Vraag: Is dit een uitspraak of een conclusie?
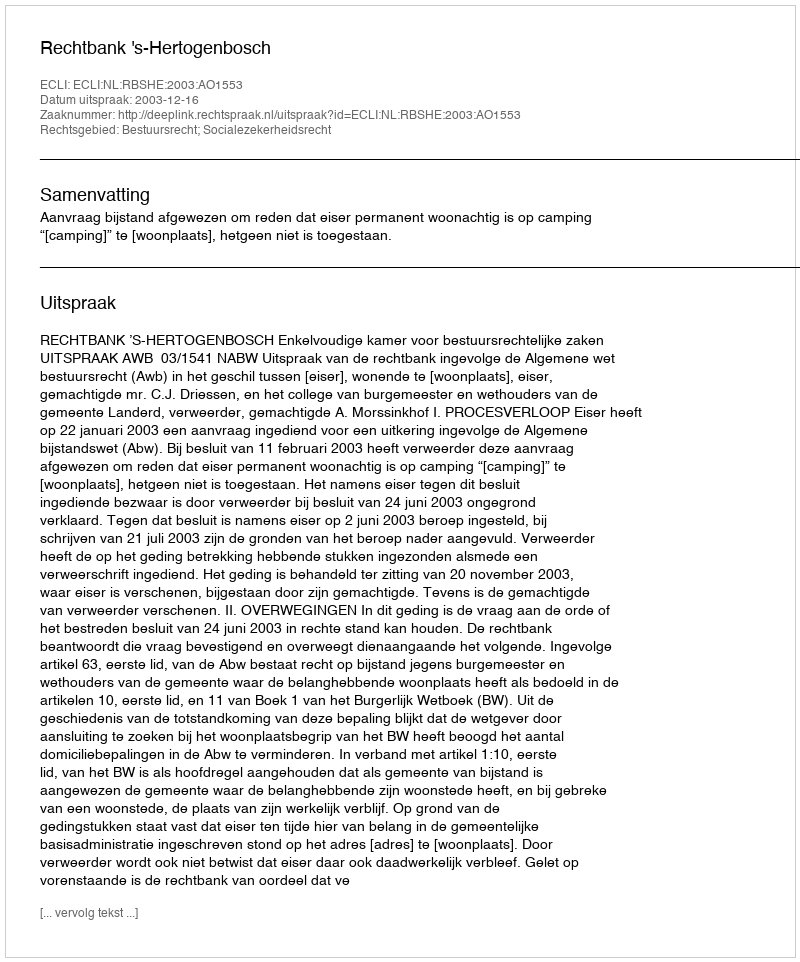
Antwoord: Uitspraak